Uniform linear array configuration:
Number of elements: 32
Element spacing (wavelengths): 0.75
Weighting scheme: hamming
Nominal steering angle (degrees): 60
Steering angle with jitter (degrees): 60.692
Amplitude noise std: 0.05
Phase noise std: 0.05

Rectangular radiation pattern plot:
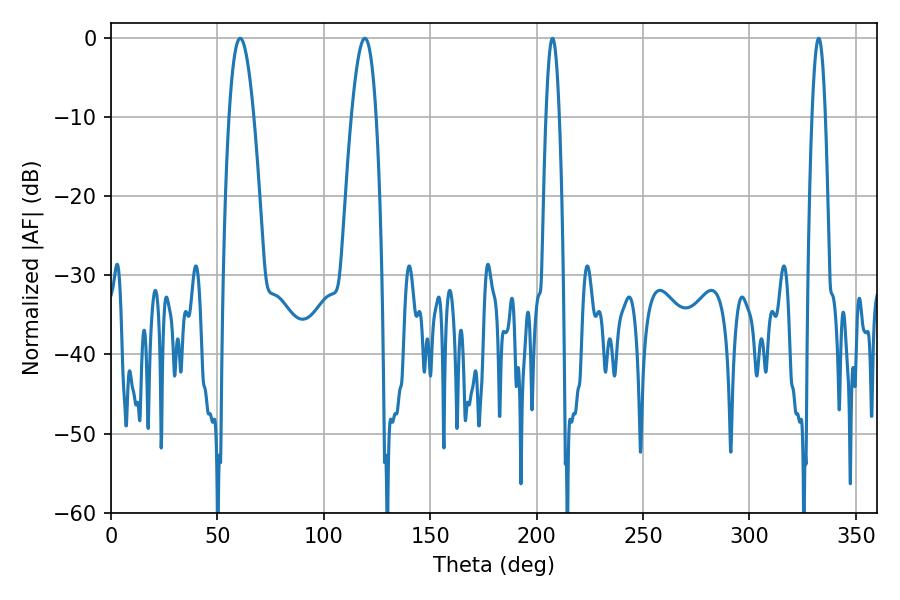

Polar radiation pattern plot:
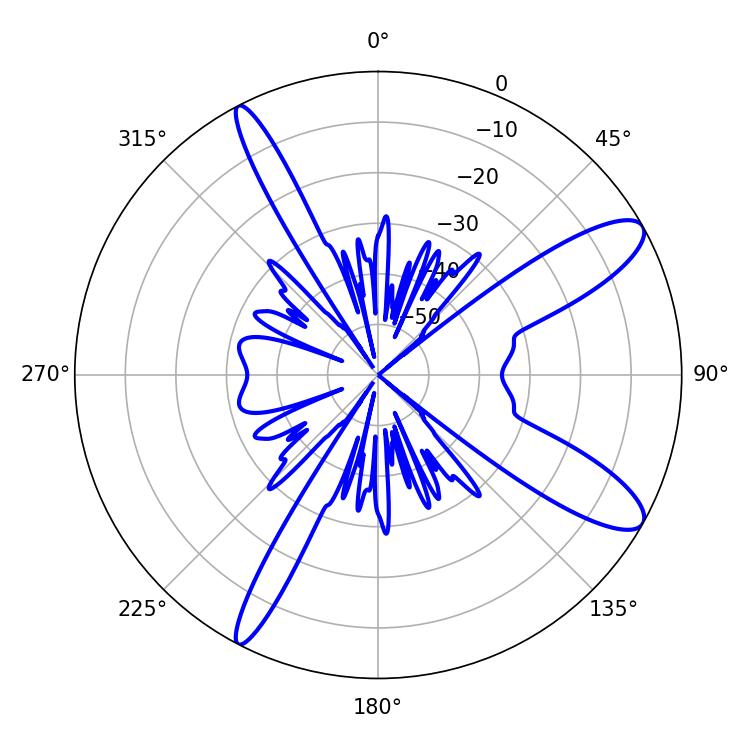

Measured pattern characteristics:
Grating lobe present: TRUE
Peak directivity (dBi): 11.251
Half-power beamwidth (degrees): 6.3
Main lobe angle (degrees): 60.66